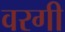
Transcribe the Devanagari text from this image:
वरगी